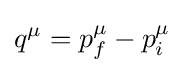
q^{\mu }=p_{f}^{\mu }-p_{i}^{\mu }